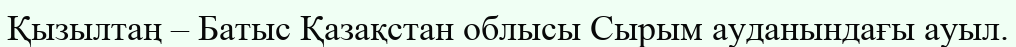
Қызылтаң – Батыс Қазақстан облысы Сырым ауданындағы ауыл.